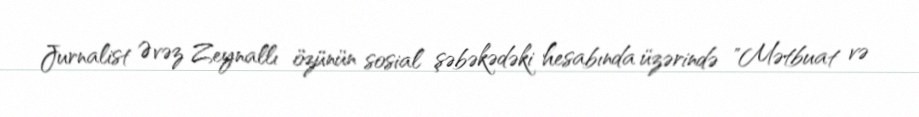
Jurnalist Əvəz Zeynallı özünün sosial şəbəkədəki hesabında üzərində "Mətbuat və